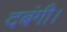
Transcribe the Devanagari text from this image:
दबंगी।